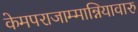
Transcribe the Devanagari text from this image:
केमपराजाम्मान्नियावारु